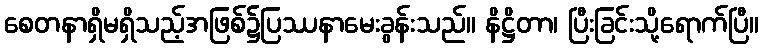
စေတနာရှိမရှိသည့်အဖြစ်၌ပြဿနာမေးခွန်းသည်။ နိဋ္ဌိတာ၊ ပြီးခြင်းသို့ရောက်ပြီ။